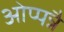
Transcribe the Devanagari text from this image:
ओप्पन्नै